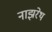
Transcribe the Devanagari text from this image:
नाझरेथ